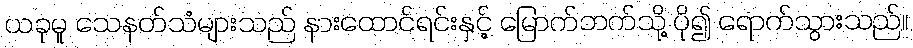
ယခုမူ သေနတ်သံများသည် နားထောင်ရင်းနှင့် မြောက်ဘက်သို့ ပို၍ ရောက်သွားသည်။